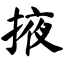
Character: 掖